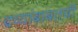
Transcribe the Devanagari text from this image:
द्रव्यांबाबतची